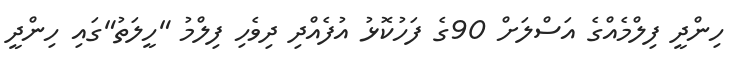
ހިންދީ ފިލްމެއްގެ އަސްލަށް 90ގެ ފަހުކޮޅު އުފެއްދި ދިވެހި ފިލްމު "ހީލަތު"ގައި ހިންދީ